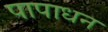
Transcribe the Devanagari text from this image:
पापाधन